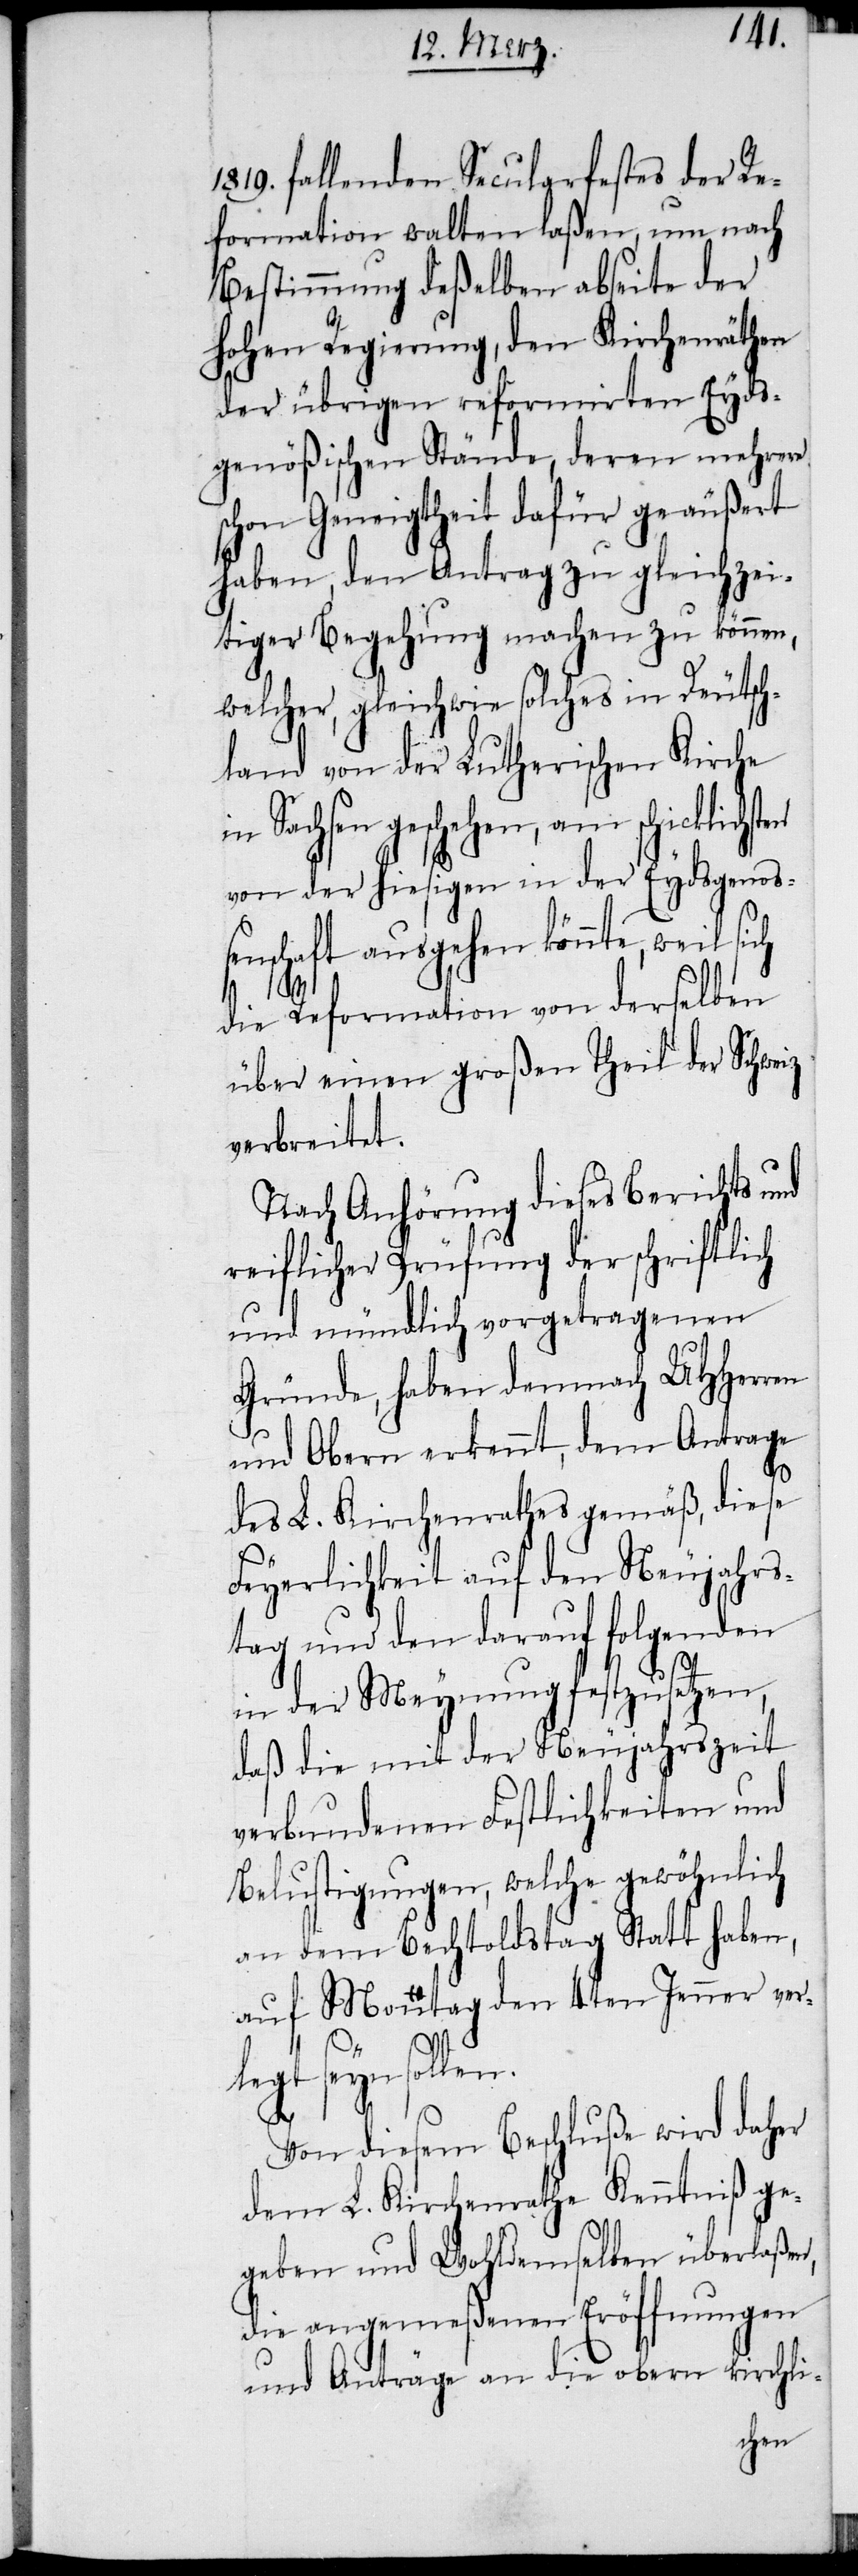
1819. fallenden Secularfestes der Re¬
formation walten laßen, um nach
Bestimmung deßelben abseite der
hohen Regierung, den Kirchenräthen
der übrigen reformirten Eyds¬
genößischen Stände, deren mehrere
schon Geneigtheit dafür geäußert
haben, den Antrag zu gleichzei¬
tiger Begehung machen zu können,
welcher, gleichwie solches in Deutsch¬
land von der Lutherischen Kirche
in Sachsen geschehen, am schicklichsten
von der hiesigen in der Eydsgenoß¬
enschaft ausgehen könnte, weil sich
die Reformation von derselben
über einen großen Theil der Schweiz
verbreitet.
Nach Anhörung dieses Berichts und
reiflicher Prüfung der schriftlich
und mündlich vorgetragenen
Gründe, haben demnach UHHerren
und Obern erkennt, dem Antrage
des L. Kirchenrathes gemäß, diese
Feyerlichkeit auf den Neujahrs¬
tag und den darauf folgenden
in der Meynung festzusetzen,
daß die mit der Neujahrszeit
verbundenen Festlichkeiten und
Belustigungen, welche gewöhnlich
an dem Bechtoldstag Statt haben,
auf Montag den 4ten Jenner ver¬
legt seyn sollen.
n,
Von diesem Beschluße wird daher
dem L. Kirchenrathe Kenntniß ge¬
geben und Wohldemselben überlaße¬
die angemeßenen Eröffnungen
und Anträge an die obern kirchli-